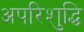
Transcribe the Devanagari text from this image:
अपरिशुद्धि